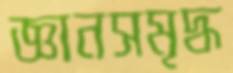
জ্ঞানসমৃদ্ধ